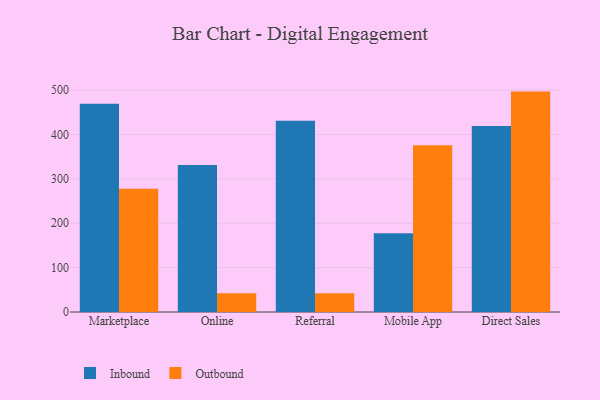
{"axis": {"x": "Channel", "y": "Customer Acquisition Cost (USD)"}, "legend": ["Inbound", "Outbound"], "data": [{"x": "Marketplace", "y": 469.5, "type": "Inbound"}, {"x": "Marketplace", "y": 277.6, "type": "Outbound"}, {"x": "Online", "y": 331.5, "type": "Inbound"}, {"x": "Online", "y": 42.5, "type": "Outbound"}, {"x": "Referral", "y": 430.9, "type": "Inbound"}, {"x": "Referral", "y": 42.1, "type": "Outbound"}, {"x": "Mobile App", "y": 177.6, "type": "Inbound"}, {"x": "Mobile App", "y": 375.6, "type": "Outbound"}, {"x": "Direct Sales", "y": 419.5, "type": "Inbound"}, {"x": "Direct Sales", "y": 496.8, "type": "Outbound"}]}